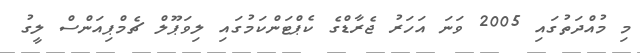
މި މުއްދަތުގައި 2005 ވަނަ އަހަރު ޖެރާޑްގެ ކެޕްޓަންކަމުގައި ލިވަޕޫލް ޗެމްޕިއަންސް ލީގު